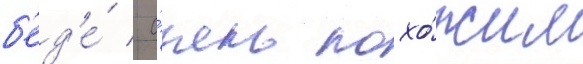
б'ед'е́ / о́чень похо́жим